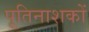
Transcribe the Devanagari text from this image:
पूतिनाशकों